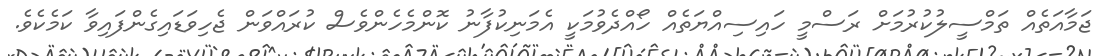
ޖަމާއަތެއް ތަމްސީލުކުރުމަށް ރަސްމީ ހައިސިއްޔަތެއް ހޯއްދެވުމަކީ އެމަނިކުފާނު ކޮންމެހެންވެސް ކުރައްވަން ޖެހިވަޑައިގެންފައިވާ ކަމެކެވެ.